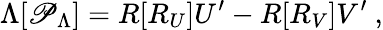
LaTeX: \Lambda[\mathscr{P}_{\Lambda}]=R[R_{U}]U^{\prime}-R[R_{V}]V^{\prime}\ ,